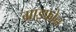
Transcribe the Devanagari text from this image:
ग्राइफोन